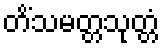
တိံသမတ္တသုတ္တံ